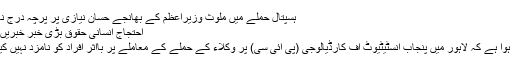
ہسپتال حملے میں ملوث وزیراعظم کے بھانجے حسان نیازی پر پرچہ درج نہ ہوسکا
احتجاج انسانی حقوق بڑی خبر خبریں سیاست
انکشاف ہوا ہے کہ لاہور میں پنجاب انسٹیٹیوٹ آف کارڈیالوجی (پی آئی سی) پر وکلاء کے حملے کے معاملے پر بااثر افراد کو نامزد نہیں کیا جارہا۔